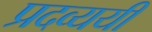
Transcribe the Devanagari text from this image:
प्रदव्ययी